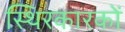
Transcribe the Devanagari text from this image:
स्थिरकारकों